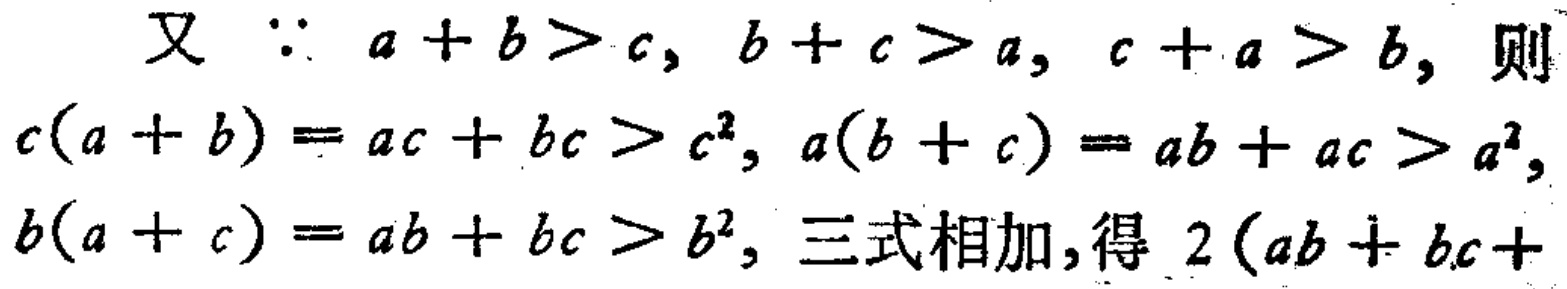
又 \(\because a + b > c, b + c > a, c + a > b,\) 则

\(c(a + b)=ac + bc > c^{2}, a(b + c)=ab + ac > a^{2},\)

\(b(a + c)=ab + bc > b^{2},\) 三式相加，得 \(2(ab + bc+\)